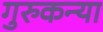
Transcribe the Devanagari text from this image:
गुरुकन्या